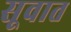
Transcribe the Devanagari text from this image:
सूवात